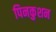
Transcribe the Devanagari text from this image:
पिनकुशन